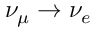
\nu _ { \mu } \to \nu _ { e }